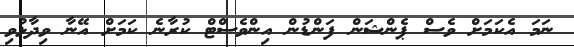
ނަމަ އެކަމަށް ވެސް ޕެންޝަން ފަންޑުން އިންވެސްޓް ކުރާނެ ކަމަށް އޭނާ ވިދާޅުވި